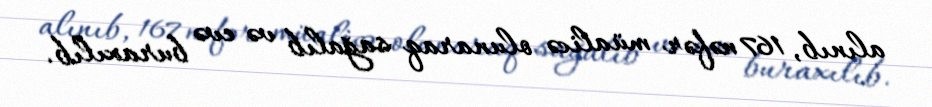
alınıb, 167 nəfər müalicə olunaraq sağalıb və evə buraxılıb.